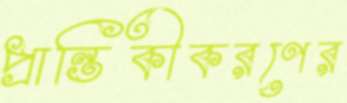
প্রান্তিকীকরণের